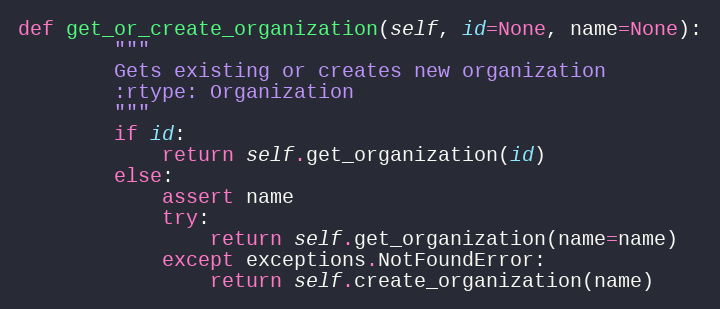
Language: Python
def get_or_create_organization(self, id=None, name=None):
        """
        Gets existing or creates new organization
        :rtype: Organization
        """
        if id:
            return self.get_organization(id)
        else:
            assert name
            try:
                return self.get_organization(name=name)
            except exceptions.NotFoundError:
                return self.create_organization(name)